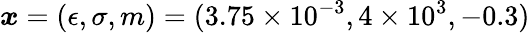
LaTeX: \displaystyle\boldsymbol{x}=(\epsilon,\sigma,m)=(3.75\times 10^{-3},4\times 10^{3},-0.3)